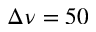
\Delta \nu = 5 0